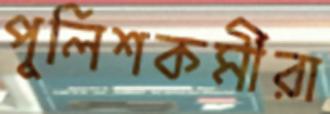
পুলিশকর্মীরা